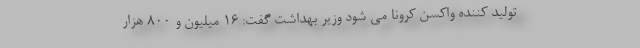
تولید کننده واکسن کرونا می شود وزیر بهداشت گفت: ۱۶ میلیون و ۸۰۰ هزار